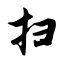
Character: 扫